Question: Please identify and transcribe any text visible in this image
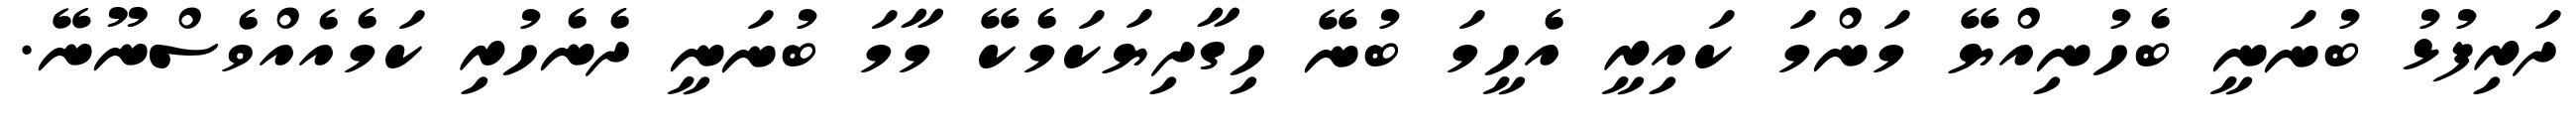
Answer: ދަރިފުޅު ބުނަނީ ބެހުނިއްޔޭ މަންމަ ކައިރީ އެހީމަ ބުނޭ ހިގާދިޔަކަމެކޭ މާމަ ބުނަނީ ދެނެހުރި ކަމެއެއްވެސްނޫނޭ.